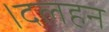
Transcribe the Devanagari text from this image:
।दलहन